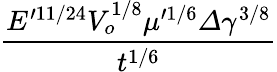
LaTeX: \frac{E^{\prime 11/24}V_{o}^{1/8}\mu^{\prime 1/6}\varDelta\gamma^{3/8}}{t^{1/6}}